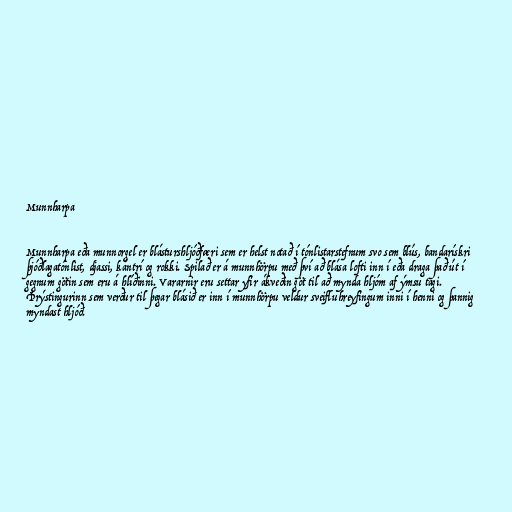
Munnharpa

Munnharpa eða munnorgel er blásturshljóðfæri sem er helst notað í tónlistarstefnum svo sem blús, bandarískri
þjóðlagatónlist, djassi, kántrí og rokki. Spilað er á munnhörpu með því að blása lofti inn í eða draga það út í
gegnum götin sem eru á hlíðinni. Vararnir eru settar yfir ákveðin göt til að mynda hljóm af ýmsu tagi.
Þrýstingurinn sem verður til þegar blásið er inn í munnhörpu veldur sveifluhreyfingum inni í henni og þannig
myndast hljóð.